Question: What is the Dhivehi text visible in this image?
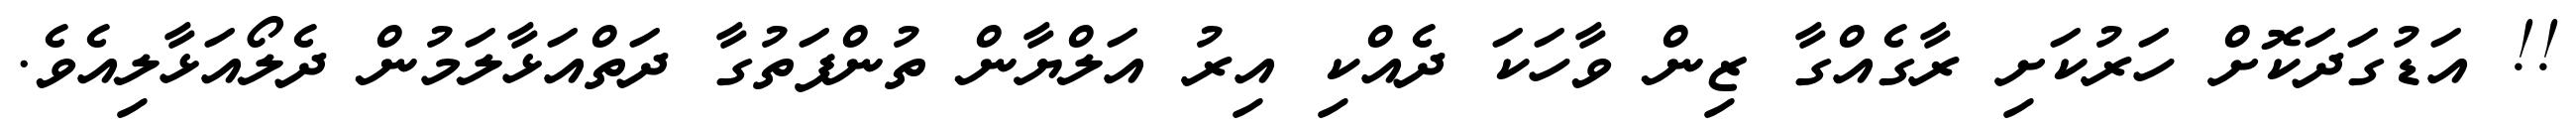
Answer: !! އަޑުގަދަކޮށް ހަރުކަށި ރާގެއްގާ ޒިން ވާހަކަ ދެއްކި އިރު އަލްޔާން ތުންފަތުގާ ދަތްއަޅާލަމުން ދެލޯއަޅާލިއެވެ.